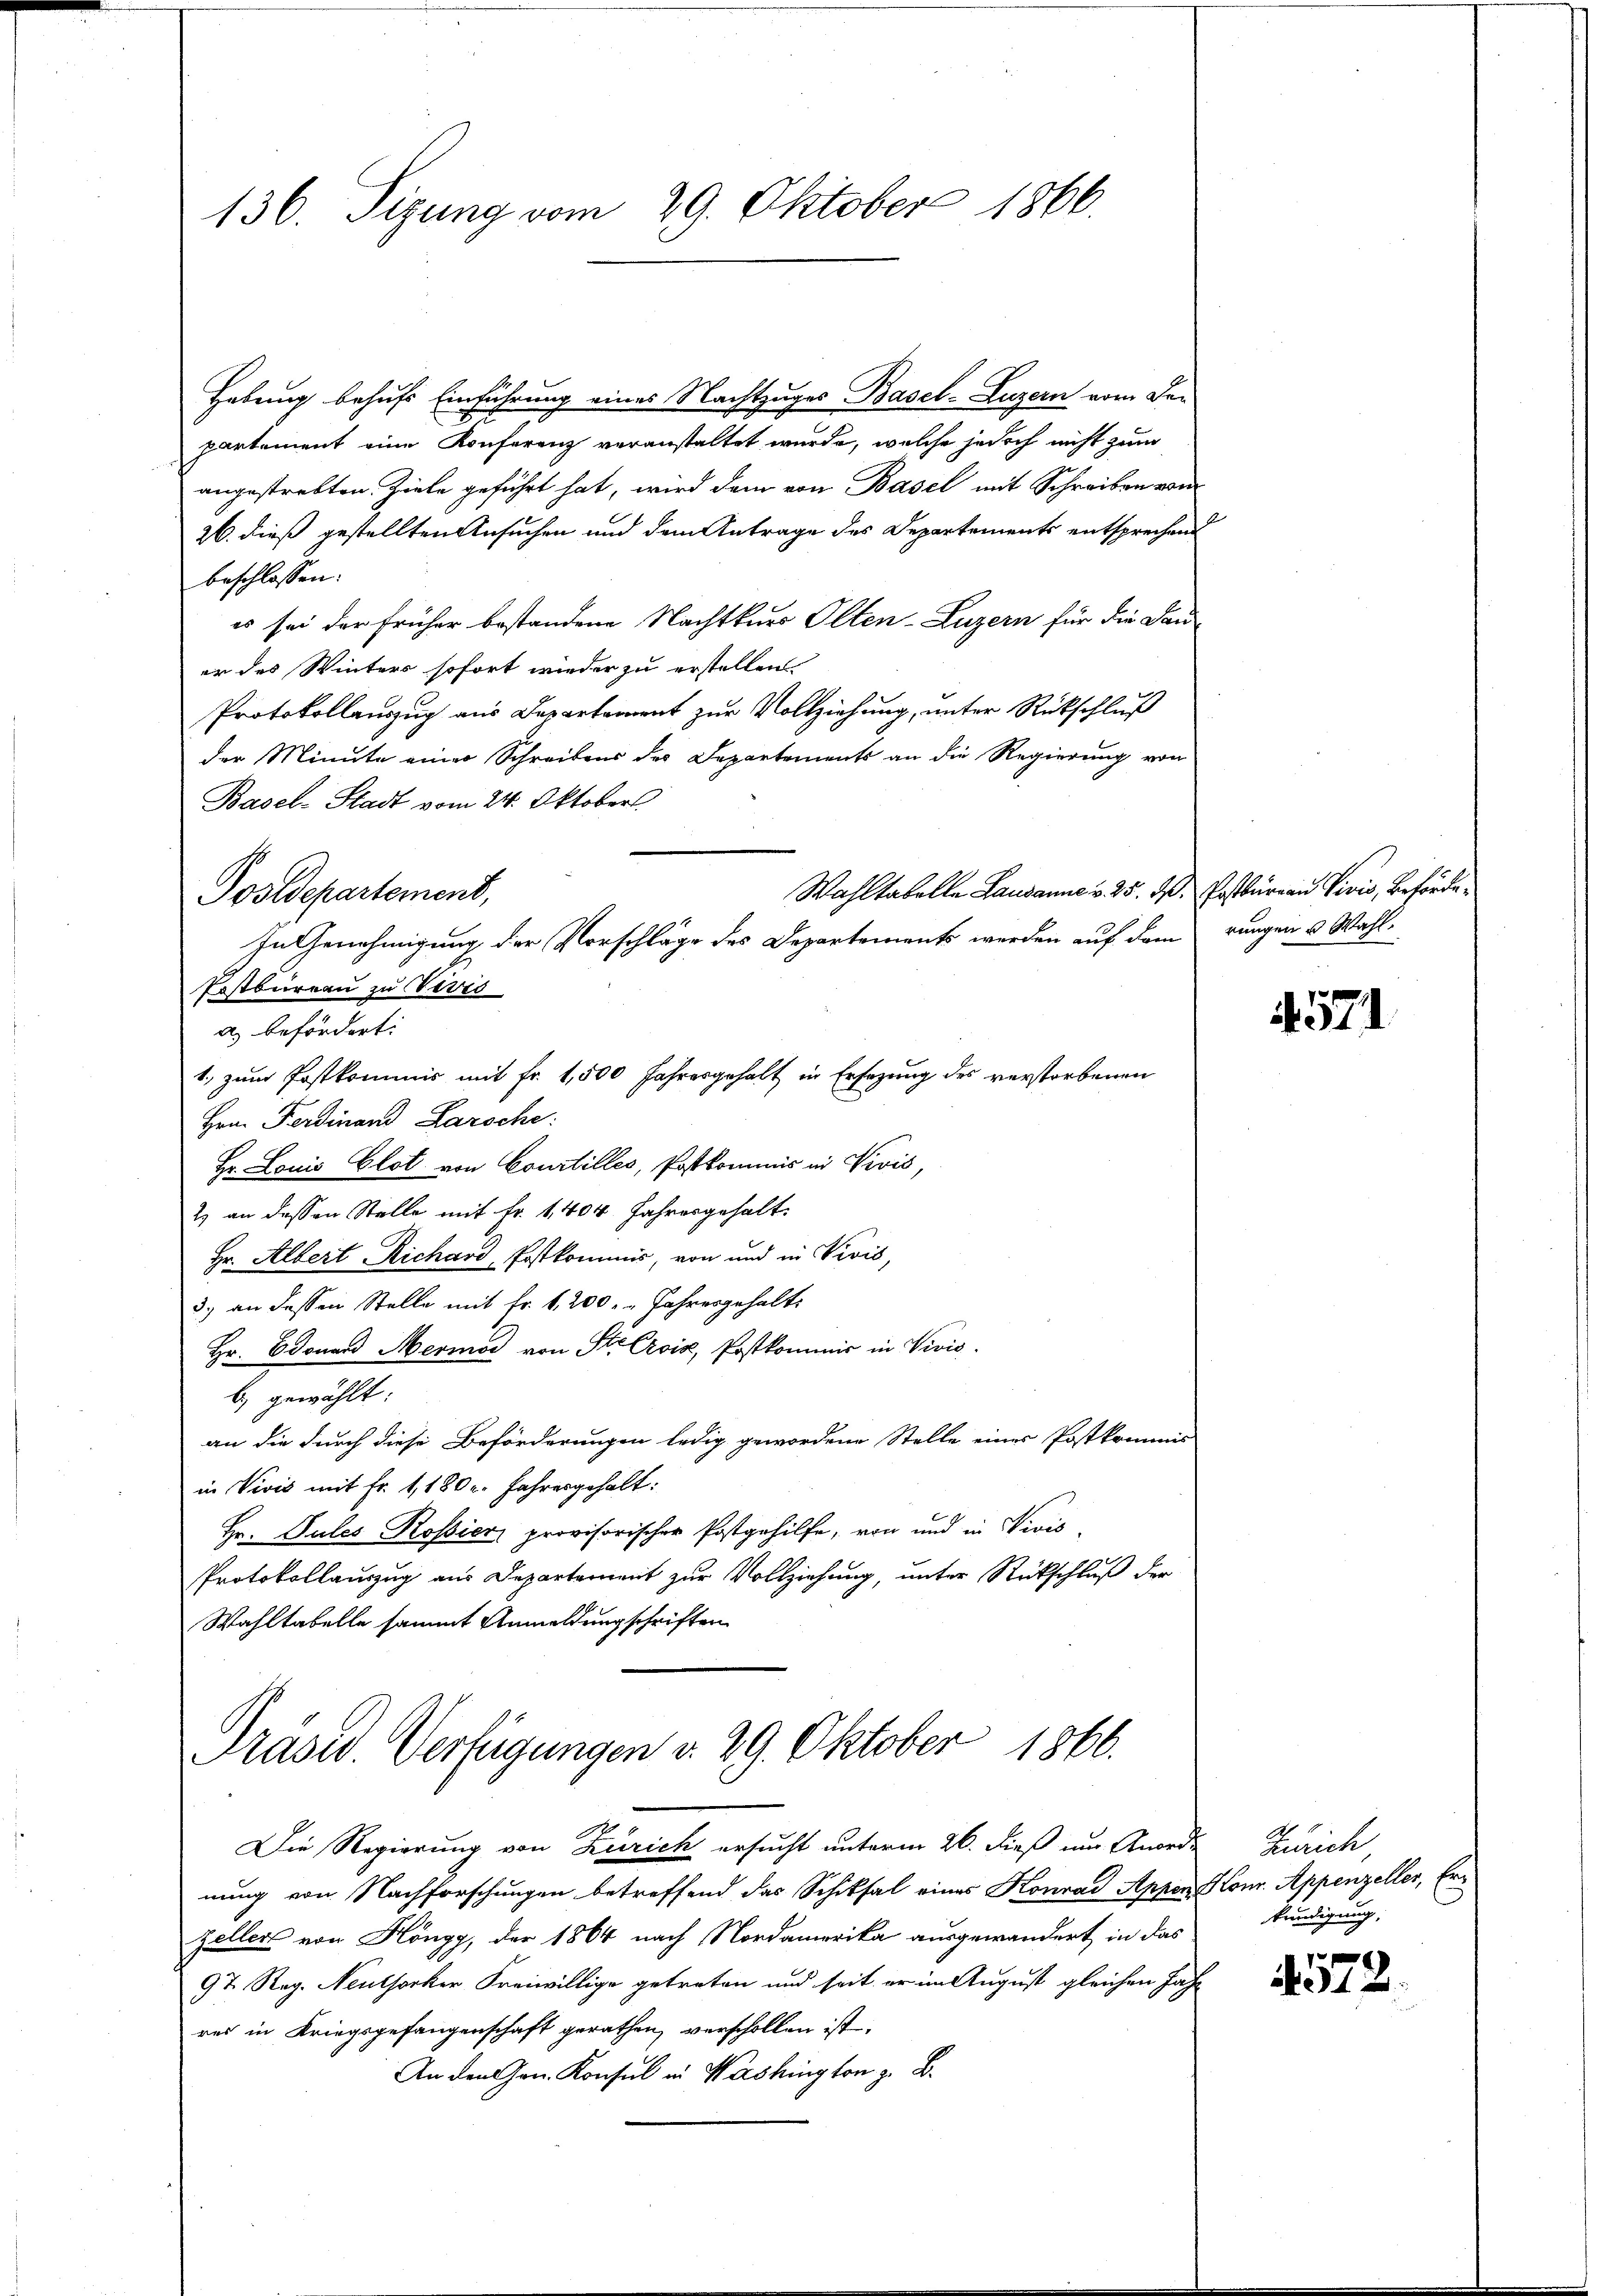
136. Sizung vom 29. Oktober 1866.

Hebung behufs Einführung eines Nachtzuges Basel-Luzern vom Departement eine Konferenz veranstaltet wurde, welche jedoch nicht zum
angestrebten Ziele geführt hat, wird dem von Basel mit Schreiben von
26. dieß gestellten Ansuchen und dem Antrage des Departements entsprechend
beschlossen:
es sei der früher bestandene Nachtkurs Olten-Luzern für die Dauer des Winters sofort wieder zu erstellen
Protokollauszug aus Departement zur Vollziehung, unter Rückschluß
der Minute einer Schreibens des Departements an die Regierung von
Basel-Stadt vom 24. Oktober
Wahltabelle Lausanne v. 25. d. Postbureau Vivis, Beförde¬
In Genehmigung der Vorschläge des Departements werden auf dem rangen & Wahl¬
Erstbureau zu Veves
a) befördert:
1. zum Postkommis mit Fr. 1,500 Jahresgehalt in Ersezung des verstorbenen
Hrn. Ferdinand Laroche:
Hr. Louis Clot von Courtilles, Postkommis in Nević,
2) an dessen Stelle mit Fr. 1,404 Jahresgehalt.
Hr. Albert Richard, Postkommis, von und in Vević,
3.) an dessen Stelle mit Fr. f. 200. - Jahresgehalt
Hr. Edouard Hermor von St. Croix, Postkommis in Vivis.
b) gewählt:
an die durch diese Beförderungen ledig gewordene Stelle eines Postkommis
in Vivis mit Fr. 1,180. Jahresgehalt:
Hr. Pules Rossier, provisorischer Postgehilfe, von und in Nević
Protokollauszug aus Departement zur Vollziehung, unter Rückschluß der
Wahltabelle sammt Anmeldung schriften

Postdepartement,

Präsid. Verfügungen v. 29. Oktober 1866.

Die Regierung von Zürich ersucht unterm 26. dieß um Anord- Zürich,
nung von Nachforschungen betreffend das Schiksal eines Konrad Appen Konr. Appenzeller, Er¬
Zellers von Höngg, der 1864 nach Nordamerika ausgewandert in das
9 & Reg. Neuthorker Freiwillige getreten und seit er im August gleichen Jahr
res in Kriegsgefangenschaft gerathen, verschollen ist.
An den Gen. Konsul in Washington z. B.

571

kündigung,

572.